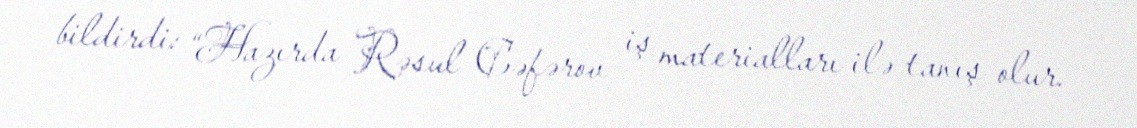
bildirdi: “Hazırda Rəsul Cəfərov iş materialları ilə tanış olur.